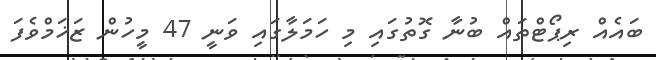
ބައެއް ރިޕޯޓްތައް ބުނާ ގޮތުގައި މި ހަމަލާގައި ވަނީ 47 މީހުން ޒަޚަމްވެފަ